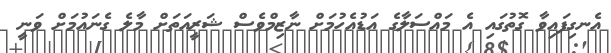
އެނގިފައިވާ ގޮތުގައި އެ މައްސަލާގެ އަޑުއެހުމަށް ނާޒިމްވެސް ޝަރީއަތަށް މާލެ ގެނައުމަށް ވަނީ